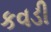
કવડી